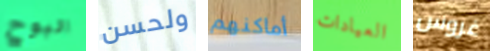
البوح ولحسن أماكنهم العيادات غروس